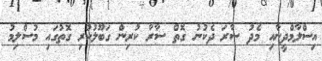
އިސްލާމްދީނާއި މެދު ސާރަ ދެކުނު ގޮތް ސާރާ ކުރިން ގަބޫލުކުރި ގޮތުގައި މުސްލިމު